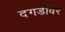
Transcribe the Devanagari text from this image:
दगडींवर